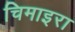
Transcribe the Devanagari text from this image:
चिमाइरा